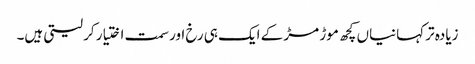
زیادہ تر کہانیاں کچھ موڑ مڑ کے ایک ہی رخ اور سمت اختیار کر لیتی ہیں۔